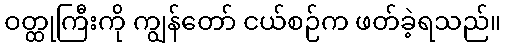
ဝတ္ထုကြီးကို ကျွန်တော် ငယ်စဉ်က ဖတ်ခဲ့ရသည်။